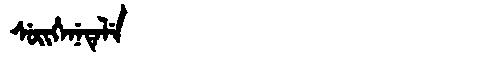
Manchu: ᠰᡠᡳᡥᡝᠨᡝᡨᡝᠯᡝ
Romanization: SUIHENETELE